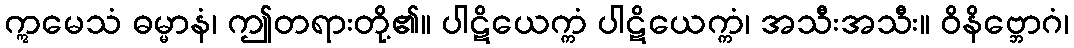
ဣမေသံ ဓမ္မာနံ၊ ဤတရားတို့၏။ ပါဋိယေက္ကံ ပါဋိယေက္ကံ၊ အသီးအသီး။ ဝိနိဗ္ဘောဂံ၊